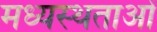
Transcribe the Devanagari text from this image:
मध्‍यस्‍थताओं